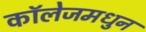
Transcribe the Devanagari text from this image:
कॉलेजमधुन